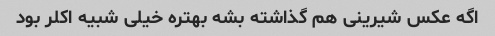
اگه عکس شیرینی هم گذاشته بشه بهتره خیلی شبیه اکلر بود